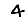
Digit: 4